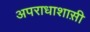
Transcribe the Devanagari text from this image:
अपराधाशास़ी